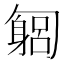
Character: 匔